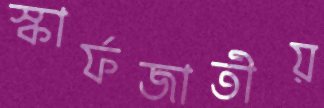
স্কার্ফজাতীয়